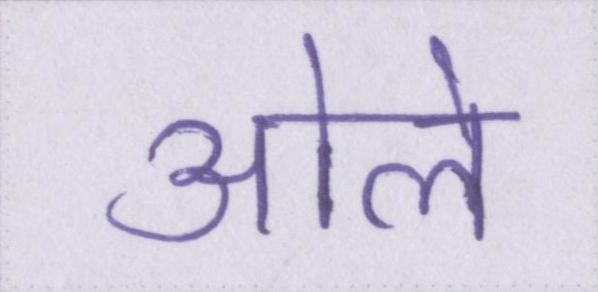
ओले